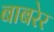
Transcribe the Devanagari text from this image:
बाबरेर